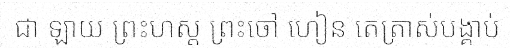
ជា ឡាយ ព្រះហស្ត ព្រះចៅ ហៀន តេត្រាស់បង្គាប់